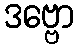
ဒဗ္ဗော